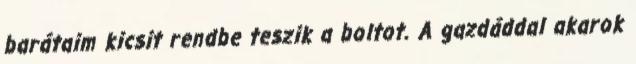
barátaim kicsit rendbe teszik a boltot. A gazdáddal akarok